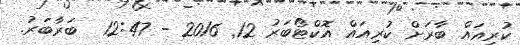
ކުރިއައް ބާރަށް ކުރިއައް އޮކްޓޯބަރު 12